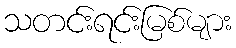
သတင်းရင်းမြစ်များ